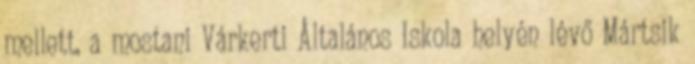
mellett, a mostani Várkerti Általános Iskola helyén lévő Mártsik